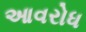
આવરોધ